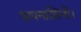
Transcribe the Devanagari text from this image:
पापनाशिनी।